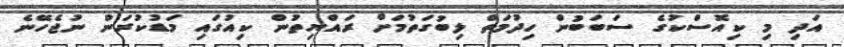
އަދި މި ކިއޮސްކުގެ ސަބަބުން ހިދުމަތް ލިބުގަތުމަށް ރައްޔިތުން ކިއުގައި މަޑުކުރަން ނުޖެހޭނެ